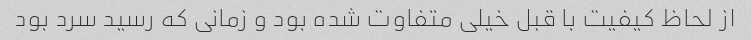
از لحاظ کیفیت با قبل خیلی متفاوت شده بود و زمانی که رسید سرد بود